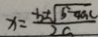
x = \frac { - b \pm \sqrt { b - 4 a c } } { 2 c }